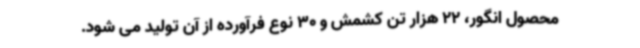
محصول انگور، 22 هزار تن کشمش و 30 نوع فرآورده از آن تولید می شود.